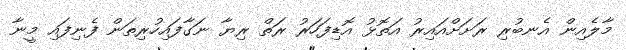
މާލެއިން އެނބުރި ރަށަށްއައިރު އަތޮޅު އޮޑިފަހަރު ރަތް ރިޔާ ނަގާފައިހުރިތަން ފެނިފައި މީނާ